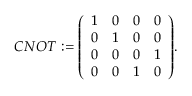
C N O T : = { \left( \begin{array} { l l l l } { 1 } & { 0 } & { 0 } & { 0 } \\ { 0 } & { 1 } & { 0 } & { 0 } \\ { 0 } & { 0 } & { 0 } & { 1 } \\ { 0 } & { 0 } & { 1 } & { 0 } \end{array} \right) } .